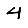
Digit: 4